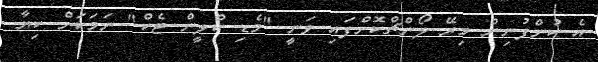
އެ ކުންފުނިން މިރޭ ލޯންޗްކޮށްފައި ވަނީ "މެޑި ކްލީން ޓެކް" ނަމަކަށް ކިޔާ